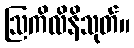
ဩကိလိနိသုတ်။